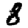
Digit: 8